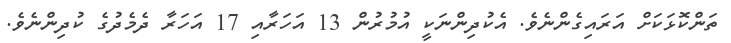
ތަންކޮޅަކަށް އަރައިގެންނެވެ. އެކުދިންނަކީ އުމުރުން 13 އަހަރާއި 17 އަހަރާ ދެމެދުގެ ކުދިންނެވެ.